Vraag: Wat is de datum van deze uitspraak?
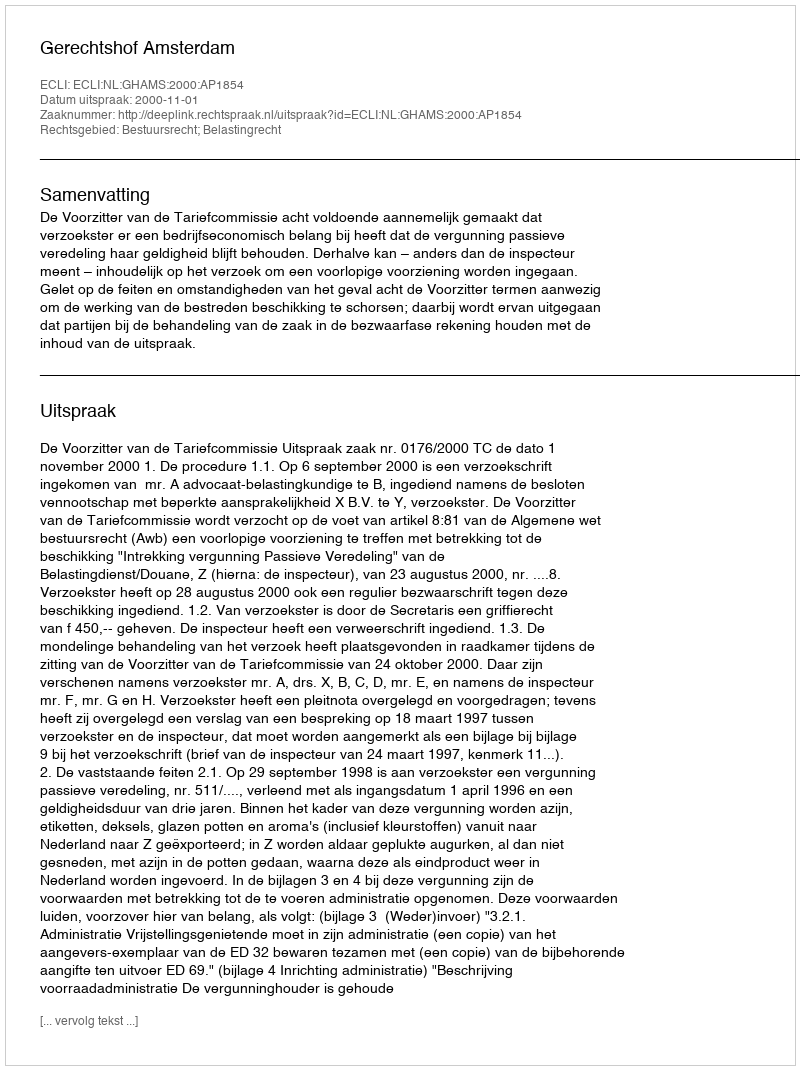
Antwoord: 2000-11-01